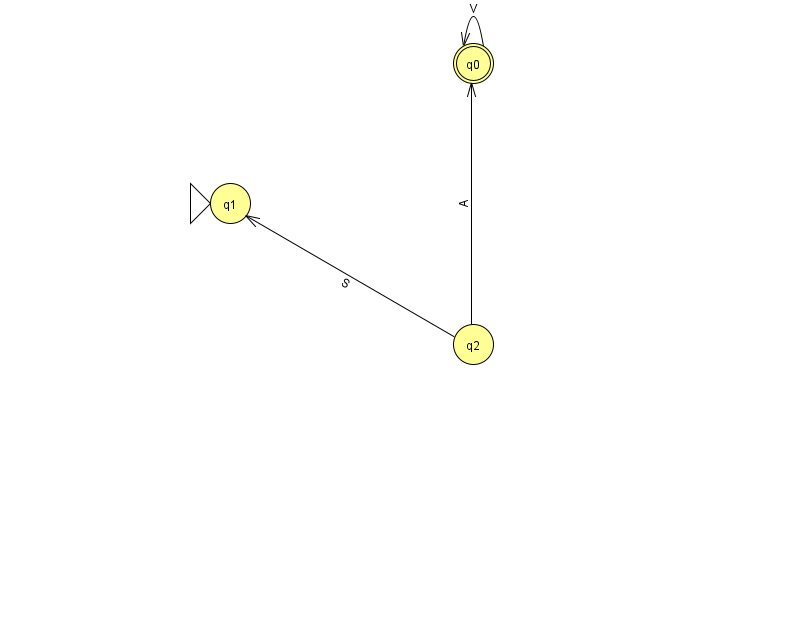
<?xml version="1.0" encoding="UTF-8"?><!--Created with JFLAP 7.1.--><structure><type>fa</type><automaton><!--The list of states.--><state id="0" name="q0"><x>473.0</x><y>50.0</y><final/></state><state id="1" name="q1"><x>230.0</x><y>190.0</y><initial/></state><state id="2" name="q2"><x>473.0</x><y>331.0</y></state><!--The list of transitions.--><transition><from>0</from><to>0</to><read>V</read></transition><transition><from>2</from><to>0</to><read>A</read></transition><transition><from>2</from><to>1</to><read>S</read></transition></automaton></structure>